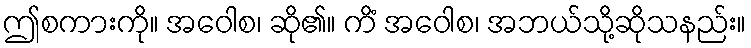
ဤစကားကို။ အဝေါစ၊ ဆို၏။ ကိံ အဝေါစ၊ အဘယ်သို့ဆိုသနည်း။